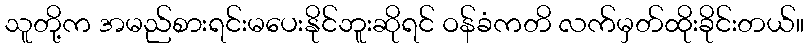
သူတို့က အမည်စားရင်းမပေးနိုင်ဘူးဆိုရင် ဝန်ခံကတိ လက်မှတ်ထိုးခိုင်းတယ်။